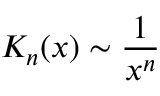
K _ { n } ( x ) \sim \frac { 1 } { x ^ { n } }